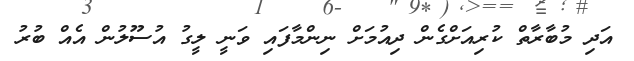
އަދި މުބާރާތް ކުރިއަށްގެން ދިއުމަށް ނިންމާފައި ވަނީ ލީގު އުސޫލުން އެއް ބުރު